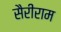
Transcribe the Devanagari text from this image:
सैरीराम